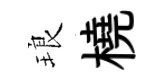
琅橈